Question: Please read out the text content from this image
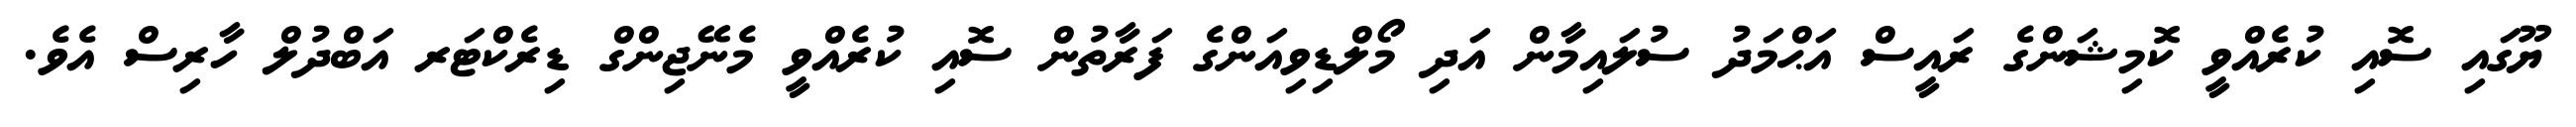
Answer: ޔޫގައި ސޮއި ކުރެއްވީ ކޮމިޝަންގެ ރައީސް އަޙްމަދު ސުލައިމާން އަދި މޯލްޑިވިއަންގެ ފަރާތުން ސޮއި ކުރެއްވީ މެނޭޖިންގް ޑިރެކްޓަރ އަބްދުލް ހާރިސް އެވެ.